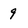
Character: 9